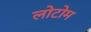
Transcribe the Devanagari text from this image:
लोटोम